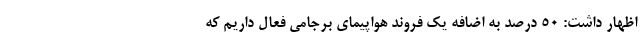
اظهار داشت: ۵۰ درصد به اضافه یک فروند هواپیمای برجامی فعال داریم که